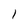
Character: 1